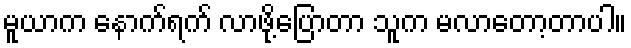
မူယာက နောက်ရက် လာဖို့ပြောတာ သူက မလာတော့တာပါ။